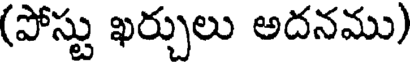
(పోస్టు ఖర్చులు అదనము)